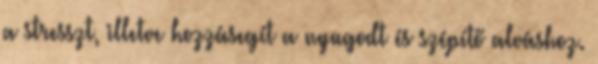
a stresszt, illetve hozzásegít a nyugodt és szépítő alváshoz.